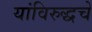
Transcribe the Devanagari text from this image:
यांविरुद्धचे